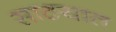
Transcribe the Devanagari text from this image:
साठयात